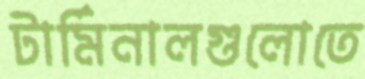
টার্মিনালগুলোতে